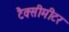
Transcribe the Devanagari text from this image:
टैक्सीमीटर